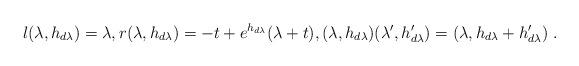
LaTeX: \begin{align*}l(\lambda,h_{d\lambda})=\lambda,r(\lambda,h_{d\lambda})= -t + e^{h_{d\lambda}}(\lambda+t),(\lambda,h_{d\lambda})(\lambda',h_{d\lambda}')=(\lambda,h_{d\lambda}+h_{d\lambda}')\;.\end{align*}